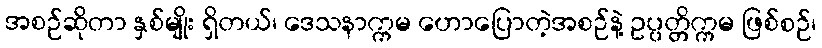
အစဉ်ဆိုတာ နှစ်မျိုး ရှိတယ်၊ ဒေသနာက္ကမ ဟောပြောတဲ့အစဉ်နဲ့ ဥပ္ပတ္တိက္ကမ ဖြစ်စဉ်၊